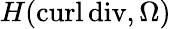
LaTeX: H(\mathrm{curl}\, \mathrm{div},\Omega)